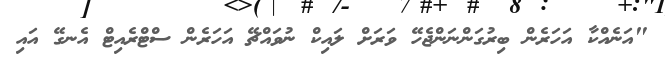
"އަނެއްކާ އަހަރެން ބިރުގަންނަންޖެހޭ ވަރަށް ލައިކް ނުވައްޗޭ އަހަރެން ސްޓްރެއިޓް އެނގޭ އައި